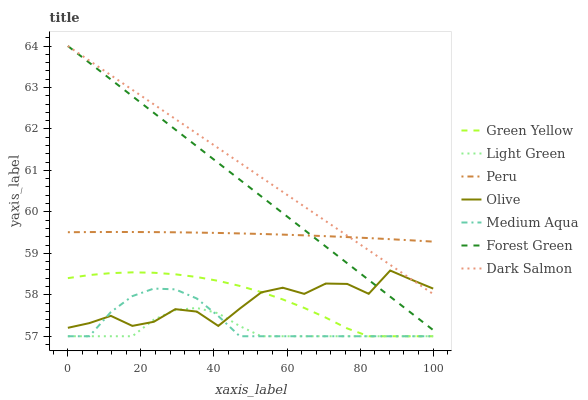
| xaxis_label | Green Yellow | Light Green | Peru | Olive | Medium Aqua | Forest Green | Dark Salmon |
 | --- | --- | --- | --- | --- | --- | --- | --- |
 | 0 | 58.4 | 57 | 59.5 | 57.2 | 57 | 64 | 64 |
 | 5.88 | 58.5 | 57 | 59.5 | 57.3 | 57 | 63.6 | 63.6 |
 | 11.8 | 58.5 | 57 | 59.5 | 57.5 | 57.6 | 63.2 | 63.3 |
 | 17.6 | 58.5 | 57 | 59.5 | 57.3 | 58 | 62.8 | 62.9 |
 | 23.5 | 58.5 | 57.4 | 59.5 | 57.3 | 58.2 | 62.4 | 62.6 |
 | 29.4 | 58.5 | 57.6 | 59.5 | 57.7 | 58.1 | 62 | 62.2 |
 | 35.3 | 58.4 | 57.7 | 59.5 | 57.6 | 57.9 | 61.6 | 61.9 |
 | 41.2 | 58.3 | 57.6 | 59.5 | 57.2 | 57.5 | 61.2 | 61.5 |
 | 47.1 | 58.2 | 57.2 | 59.5 | 57.7 | 57 | 60.8 | 61.2 |
 | 52.9 | 58.1 | 57 | 59.5 | 58.1 | 57 | 60.4 | 60.8 |
 | 58.8 | 57.9 | 57 | 59.5 | 58.2 | 57 | 60 | 60.5 |
 | 64.7 | 57.7 | 57 | 59.4 | 58 | 57 | 59.6 | 60.1 |
 | 70.6 | 57.4 | 57 | 59.4 | 58.3 | 57 | 59.2 | 59.8 |
 | 76.5 | 57.2 | 57 | 59.4 | 58.3 | 57 | 58.8 | 59.4 |
 | 82.4 | 57 | 57 | 59.4 | 58 | 57 | 58.4 | 59.1 |
 | 88.2 | 57 | 57 | 59.3 | 58.6 | 57 | 58 | 58.7 |
 | 94.1 | 57 | 57 | 59.3 | 58.4 | 57 | 57.6 | 58.4 |
 | 100 | 57 | 57 | 59.3 | 58.1 | 57 | 57.1 | 58 |